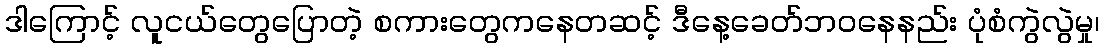
ဒါကြောင့် လူငယ်တွေပြောတဲ့ စကားတွေကနေတဆင့် ဒီနေ့ခေတ်ဘဝနေနည်း ပုံစံကွဲလွဲမှု၊